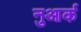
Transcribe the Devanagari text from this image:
नुआर्क